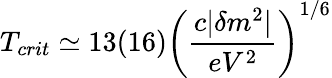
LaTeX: T_{crit}\simeq 13(16)\left(\frac{c|\delta m^{2}|}{eV^{2}}\right)^{1/6}